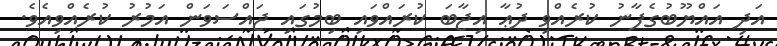
އަދި އައްޔޫބުގެފާނު ކުރެއްވި ދުޢާ އިޖާބަ ކުރައްވައި ބިމުގައި ޖައްސަވަން އަމުރު ކުރެއްވިއެވެ.